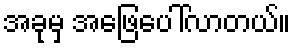
အခုမှ အဖြေပေါ်လာတယ်။